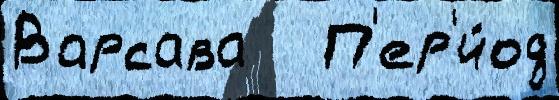
Варсава   П'ер'и́од